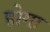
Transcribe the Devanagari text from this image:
होगा़